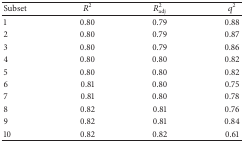
<table><thead><tr><td><b>Subset </b></td><td><b><i>R</i><sup>2</sup></b></td><td><b><i>R</i><sub>adj</sub><sup>2</sup></b></td><td><b><i>q</i><sup>2</sup></b></td></tr></thead><tbody><tr><td>1</td><td>0.80</td><td>0.79</td><td>0.88</td></tr><tr><td>2</td><td>0.80</td><td>0.79</td><td>0.87</td></tr><tr><td>3</td><td>0.80</td><td>0.79</td><td>0.86</td></tr><tr><td>4</td><td>0.80</td><td>0.80</td><td>0.82</td></tr><tr><td>5</td><td>0.80</td><td>0.80</td><td>0.82</td></tr><tr><td>6</td><td>0.81</td><td>0.80</td><td>0.75</td></tr><tr><td>7</td><td>0.81</td><td>0.80</td><td>0.78</td></tr><tr><td>8</td><td>0.82</td><td>0.81</td><td>0.76</td></tr><tr><td>9</td><td>0.82</td><td>0.81</td><td>0.84</td></tr><tr><td>10</td><td>0.82</td><td>0.82</td><td>0.61</td></tr></tbody></table>